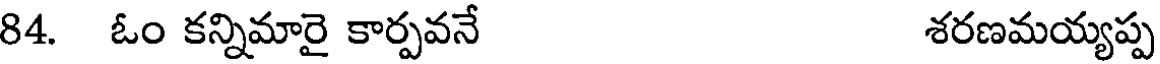
84. ఓం కన్నిమారై కార్పవనే శరణమయ్యప్ప